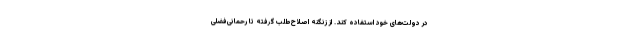
در دولت‌های خود استفاده کند. از زنگنه اصلاح‌طلب گرفته تا رحمانی‌فضلی